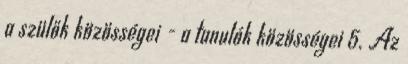
a szülők közösségei - a tanulók közösségei 5. Az